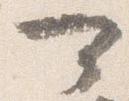
可